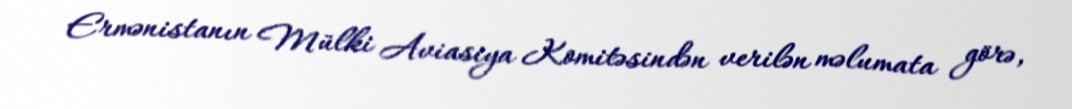
Ermənistanın Mülki Aviasiya Komitəsindən verilən məlumata görə,